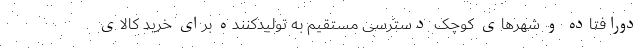
دورافتاده و شهرهای کوچک دسترسی مستقیم به تولیدکننده برای خرید کالای